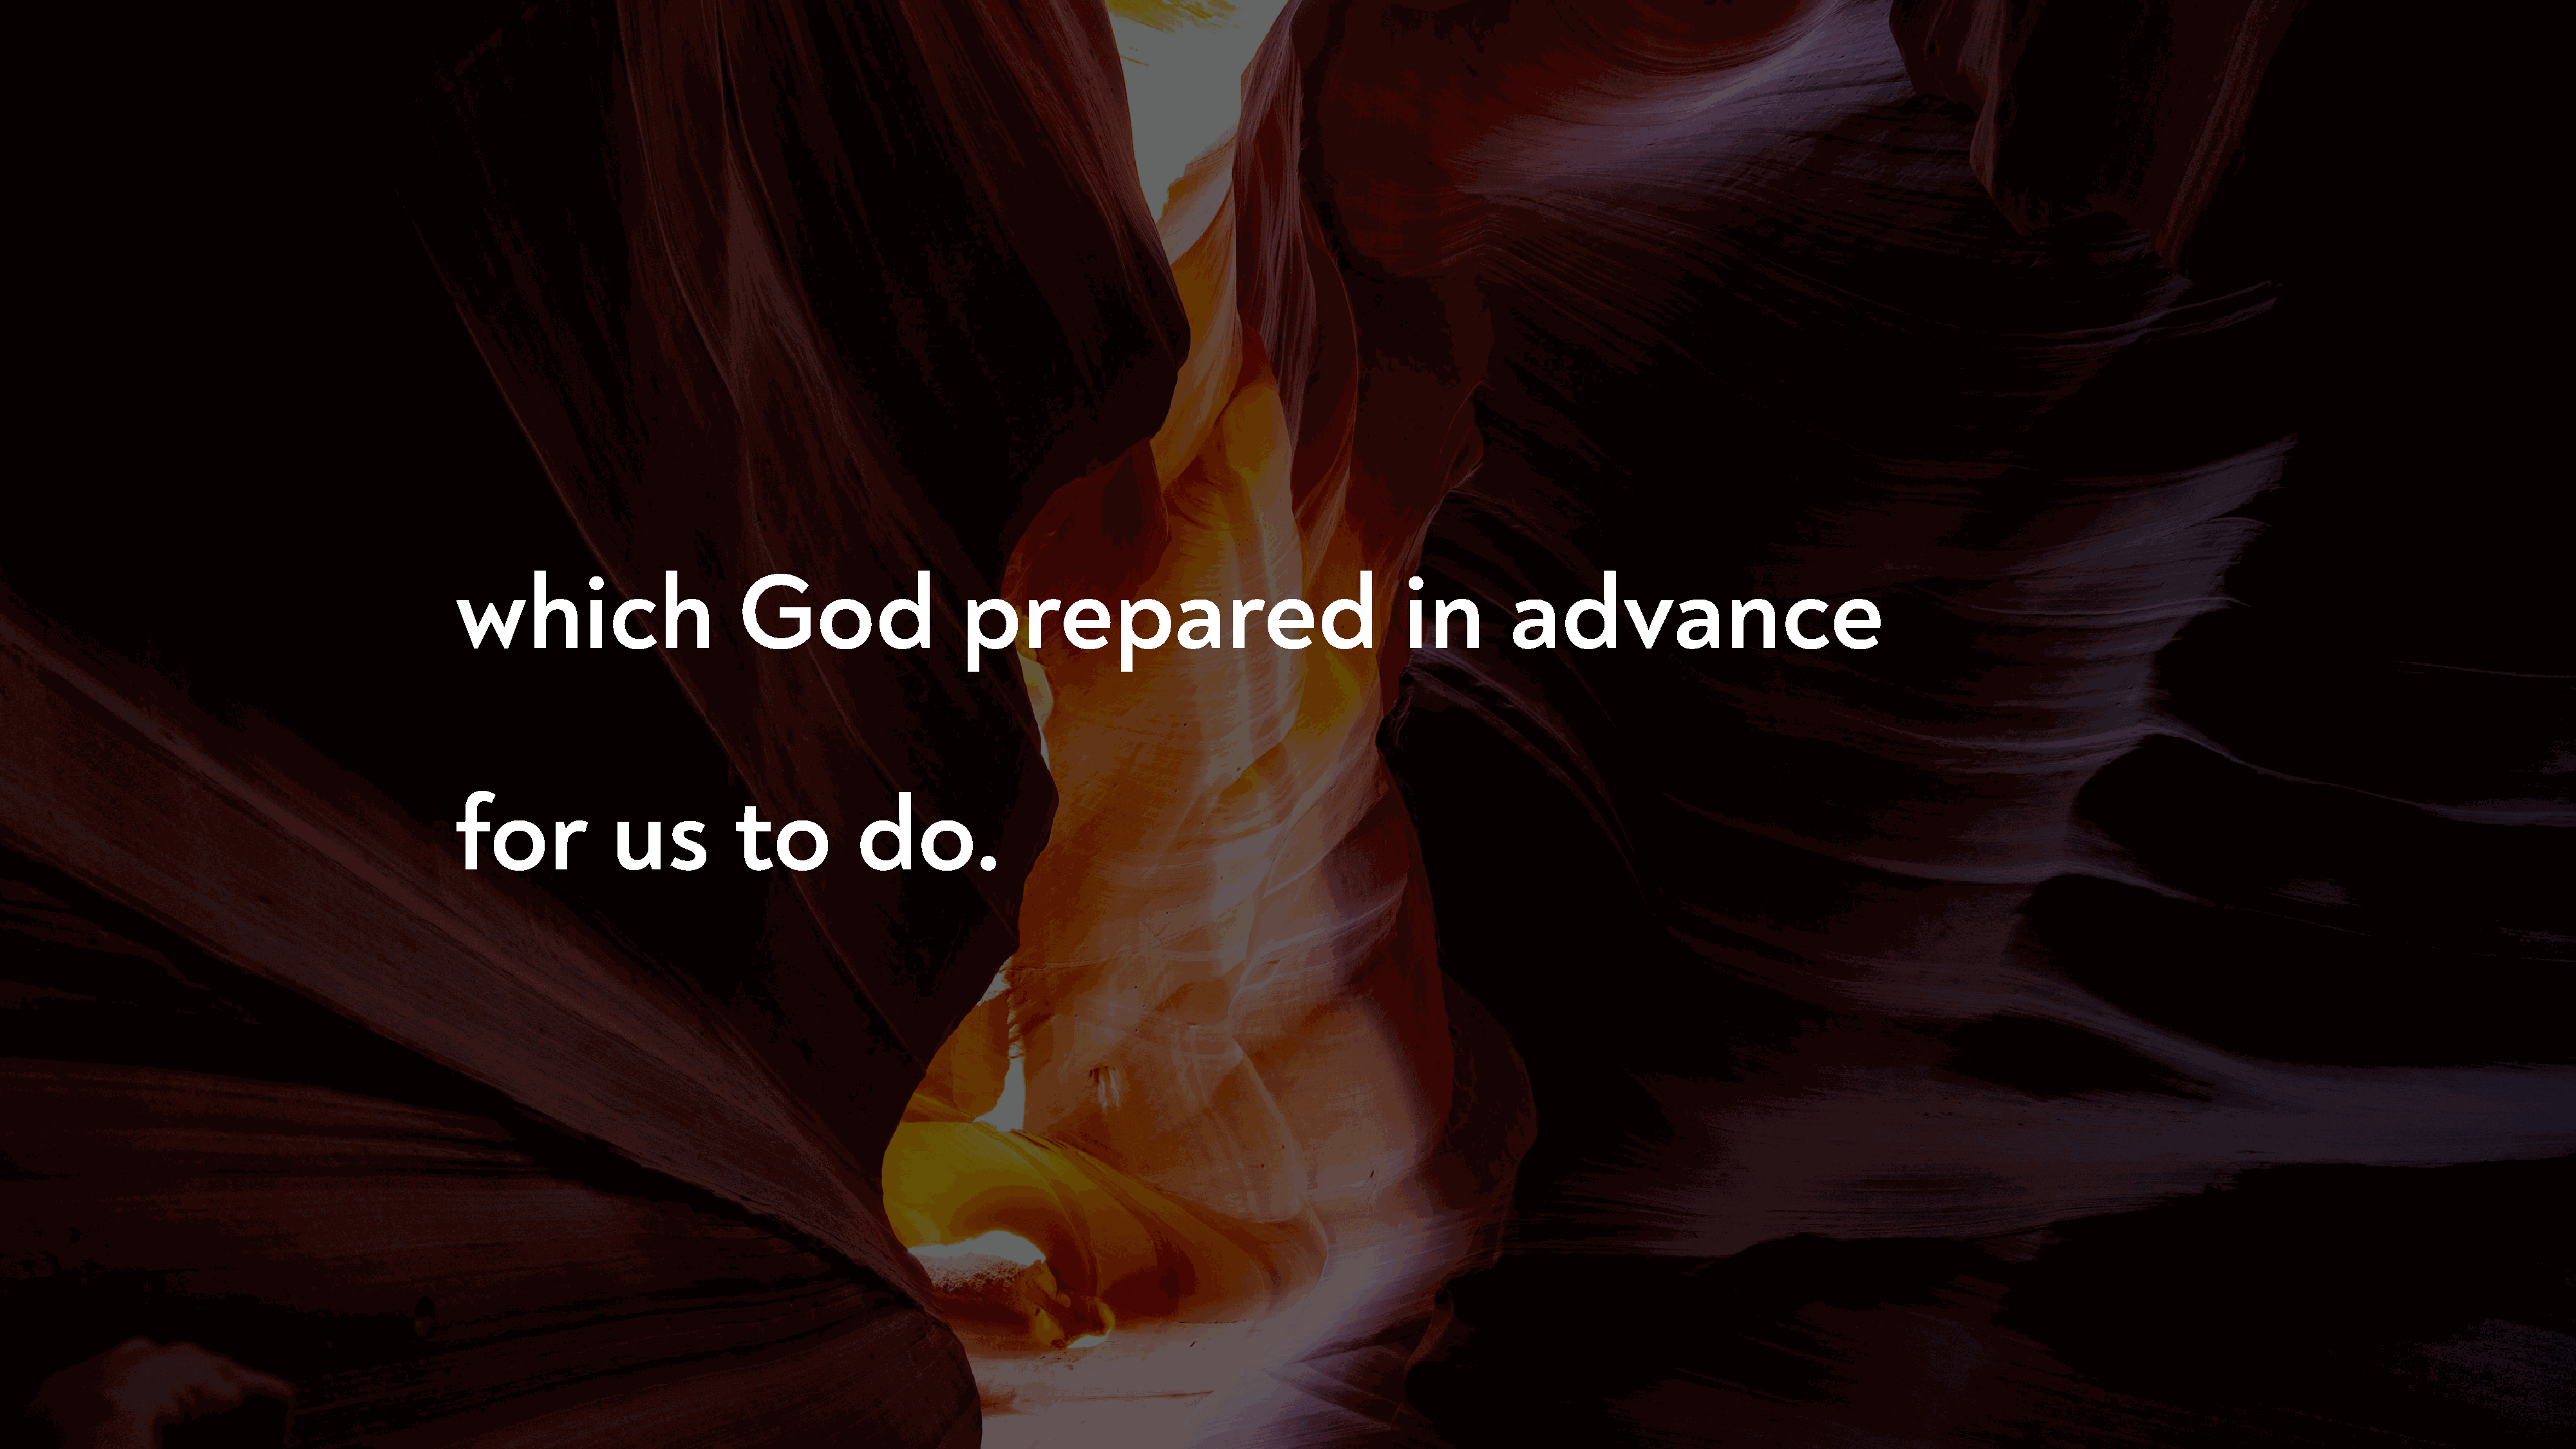
which                        God                    prepared                                     in         advance
 for             us          to           do.